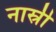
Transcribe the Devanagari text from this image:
नास्री